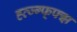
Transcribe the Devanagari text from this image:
ह्व्ज्ग्फ्फ्झ